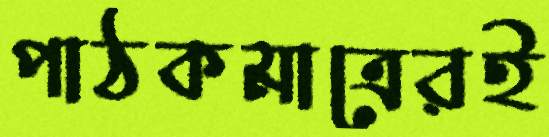
পাঠকমাত্রেরই